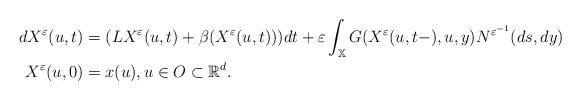
LaTeX: \begin{align*}dX^{\varepsilon }(u,t)& =(LX^{\varepsilon }(u,t)+\beta (X^{\varepsilon}(u,t)))dt+\varepsilon \int_{\mathbb{X}}G(X^{\varepsilon}(u,t-),u,y)N^{\varepsilon ^{-1}}(ds,dy) \\X^{\varepsilon }(u,0)& =x(u),u\in O\subset \mathbb{R}^{d}. \end{align*}